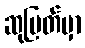
ဆုမြတ်မှာ